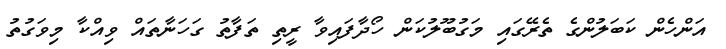
އަންހެން ކަބަލުންގެ ތެރޭގައި މަގުބޫލުކަން ހޯދާފައިވާ ރީތި ތަފާތު ގަހަނާތައް ވިއްކާ މިވަގުތު